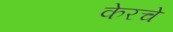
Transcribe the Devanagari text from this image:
केरचे